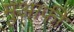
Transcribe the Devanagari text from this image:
मुआफी